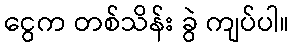
ငွေက တစ်သိန်း ခွဲ ကျပ်ပါ။